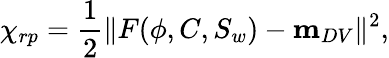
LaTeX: \chi_{rp}=\frac{1}{2}\| F(\phi,C,S_{w})-\mathbf{m}_{DV}\| ^{2},